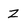
Character: z